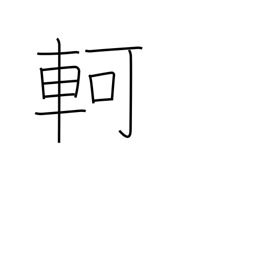
Meaning: difficult progress